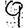
Digit: 9